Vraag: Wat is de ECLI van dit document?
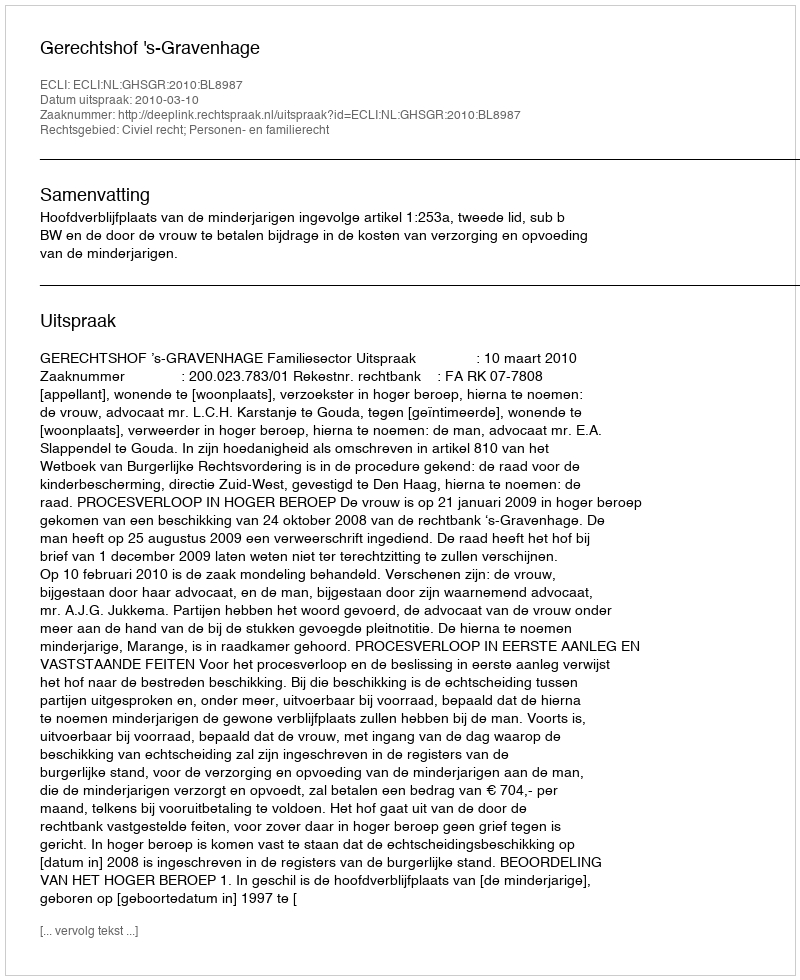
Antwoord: ECLI:NL:GHSGR:2010:BL8987